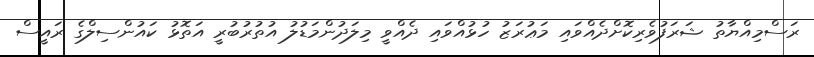
ރަސްމިއްޔާތު ޝަރަފުވެރިކޮށްދެއްވައި މަޢުރަޒު ހުޅުއްވައި ދެއްވީ މިލަދުންމަޑުލު އުތުރުބުރީ އަތޮޅު ކައުންސިލްގެ ރައީސް